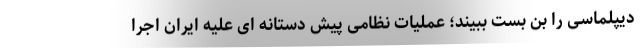
دیپلماسی را بن بست ببیند؛ عملیات نظامی پیش دستانه ای علیه ایران اجرا